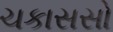
ચકાસસો